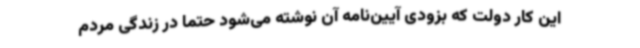
این کار دولت که بزودی آیین‌نامه آن نوشته می‌شود حتما در زندگی مردم